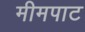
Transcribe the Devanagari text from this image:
मीमपाट